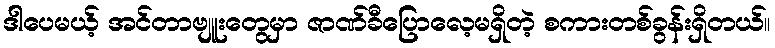
ဒါပေမယ့် အင်တာဗျူးတွေမှာ ဇာဏ်ခီပြောလေ့မရှိတဲ့ စကားတစ်ခွန်းရှိတယ်။